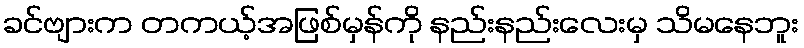
ခင်ဗျားက တကယ့်အဖြစ်မှန်ကို နည်းနည်းလေးမှ သိမနေဘူး